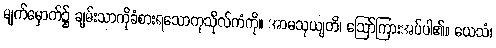
မျက်မှောက်၌ ချမ်းသာကိုခံစားရသောကုသိုလ်ကံကို။ အာမသုယျတိ၊ ဩော်ကြားအပ်ပါ၏။ ယေသံ၊